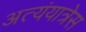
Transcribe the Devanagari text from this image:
अत्यंयात्रेस